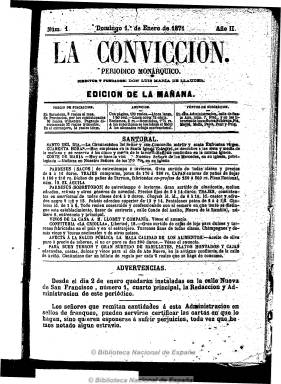
Título: La Convicción (Barcelona)
Colección: Periódicos || Carlismo
Ámbito geográfico: Barcelona
Lugar de publicación: Barcelona
Fechas: 01/01/1871-29/03/1873

Diario fundando y dirigido por el carlista Luis María de Llauder (1837-1902) y publicado desde 1870 a 1873. Subtitulado “periódico monárquico”, tenía ediciones de mañana y tarde en números de paginación variada. Al principio, compuesto a una columna y, a partir de 1872, a tres columnas, cuando su subtítulo cambia a “periódico católico monárquico”. Llauder había sido el primero en enarbolar en Cataluña la bandera carlista a los pocos meses de triunfar la Gloriosa y su ideario será la intransigencia católica, la sumisión al pretendiente Carlos VII y las formas tradicionales, convirtiéndose en el principal periodista integrista de Cataluña, dedicando su diario a luchar contra los avances democráticos del sexenio desde una posición “católica, apostólica y romana” y un catolicismo militante.

Estructurado en secciones, el diario se iniciaba con el santoral, añadiendo también las notas meteorológicas, seguido del correspondiente y extenso artículo de carácter doctrinal o de actualidad política. Contaba con crónicas local y religiosa, correo nacional y extranjero, revista de prensa (especialmente la afín ideológicamente), sección oficial (órdenes, etc.), partes telegráficos, espectáculos (teatros) y una amplia sección económica, con los precios de los mercados, las cotizaciones de bolsa y el movimiento portuario. Asimismo contaba con una sección denominada Correspondencia particular y cartas de los lectores. En la edición de la tarde incluía también una “crónica política”. A partir de la insurrección que da lugar a la tercera guerra carlista (1872-1876), incluirá también una “Crónica carlista”, siendo contrario Llauder a la utilización de las armas en la defensa de la causa tradicionalista. Resaltan también los breves anuncios comerciales que ocupan su primera plana hasta 1872 y los abundantes que inserta en las últimas páginas a lo largo de su existencia, así como la inclusión de numerosas esquelas.

Llegó a entablar una polémica doctrinal con Diario de Barcelona, que en ese momento estaba dirigido por Juan Mañé y Flaquer desde una ideología católica-conservadora, al que Llauder llega a tildar de “católico-liberal”. A juicio de Solange Hibbs-Lissorgues, es durante el Sexenio Democrático cuando los periódicos carlistas no sólo son meros divulgadores de noticias, sino que se convierten en “verdaderas tribunas” desde las cuales personalidades católicas relevantes pretendieron organizar un periodismo combativo y organizar activamente a las masas católicas.

El diario llegó a estar suspendido desde el 28 de abril al 14 de agosto de 1872 y, según Gómez Aparicio, su director encarcelado por un delito de injurias al rey Amadeo. Sin embargo, en la edición del 15 de agosto, se señala que Llauder por razones particulares se encontraba “ausente de la patria”. Al comienzo de la Restauración, Llauder será director del diario tradicionalista El Correo catalán, que es considerado continuador de La Convicción y que se convertirá en el periódico de mayor circulación tras el Diario de Barcelona, y en 1884 fundará el semanario La Hormiga de oro, que da también nombre a la casa editorial de la que será propietario. En 1888, se convertirá en jefe del carlismo catalán y, junto a Félix Sardá y Salvany, será considerado como el principal publicista del carlismo en Cataluña.

La colección de La Convicción en la Biblioteca Nacional de España comprende desde el uno de enero de 1871 al 29 de marzo de 1873.